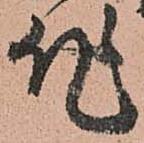
作